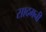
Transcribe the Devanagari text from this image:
सादमनी